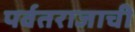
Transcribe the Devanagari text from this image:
पर्वतराजाची